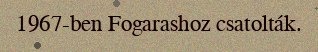
1967-ben Fogarashoz csatolták.